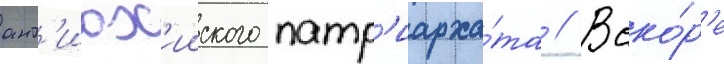
ант'иох'ииского патр'иарха́та // Вско́р'е